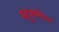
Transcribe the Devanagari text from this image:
स्शुस्च्नीग्ग